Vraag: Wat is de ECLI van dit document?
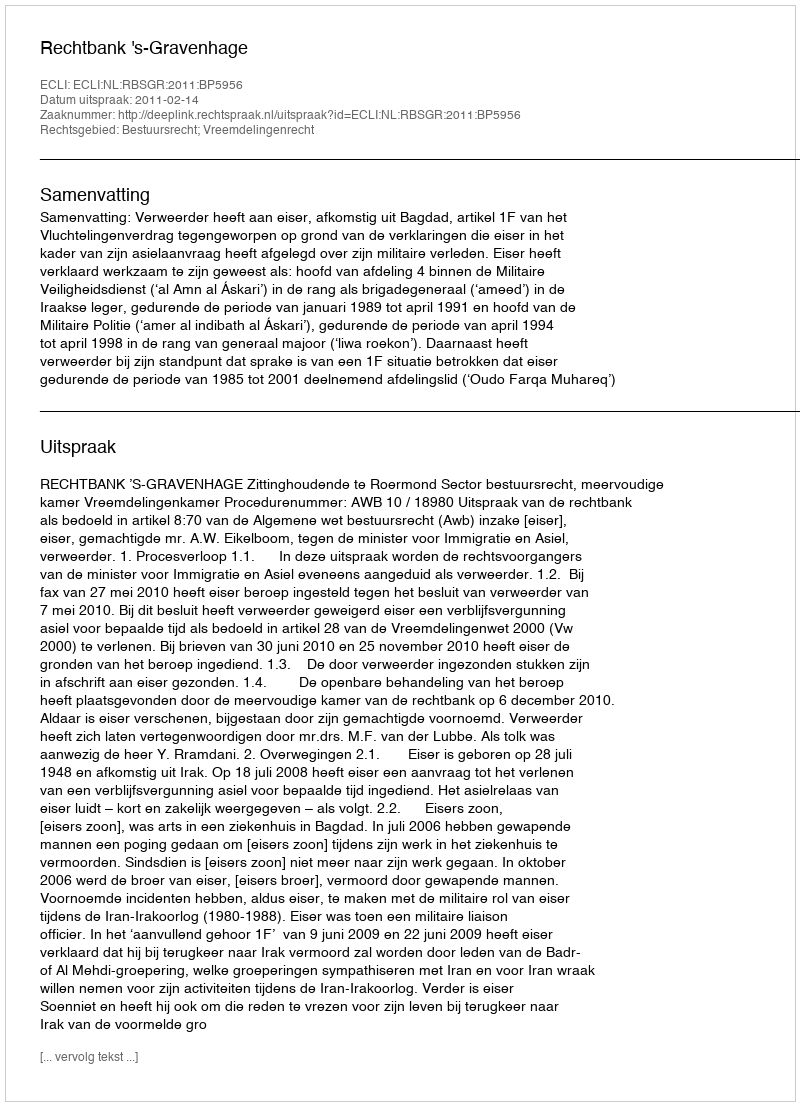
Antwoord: ECLI:NL:RBSGR:2011:BP5956